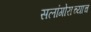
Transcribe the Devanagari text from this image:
सलांगोराच्याच